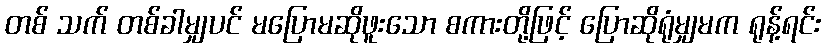
တစ် သက် တစ်ခါမျှပင် မပြောမဆိုဖူးသော စကားတို့ဖြင့် ပြောဆိုရုံမျှမက ရုန့်ရင်း